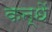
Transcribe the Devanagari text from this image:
कन्धें